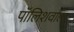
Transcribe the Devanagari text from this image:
पॉलिशवाला